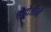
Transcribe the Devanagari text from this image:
धोंडोजींनी